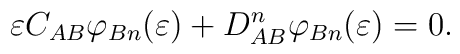
\varepsilon C_{AB} \varphi_{Bn}(\varepsilon )+D^n_{AB}\varphi_{Bn}(\varepsilon )=0.